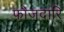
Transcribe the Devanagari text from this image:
फौजदारि